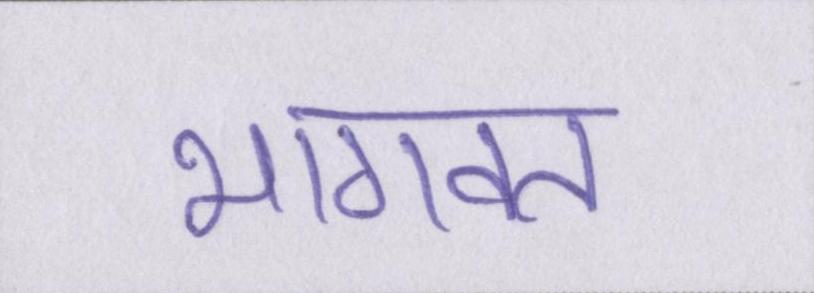
भागवत